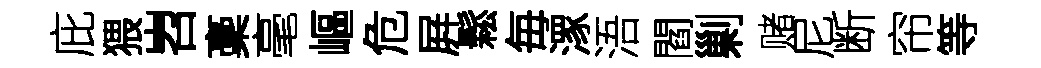
庇猥岧稾毫嶇危屛鬆毎潈浯閻剿赌尼断帘等